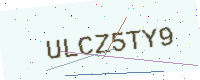
Text: ULCZ5TY9